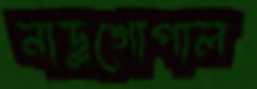
নাড়ুগোপাল